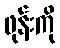
ဖုန်းကို